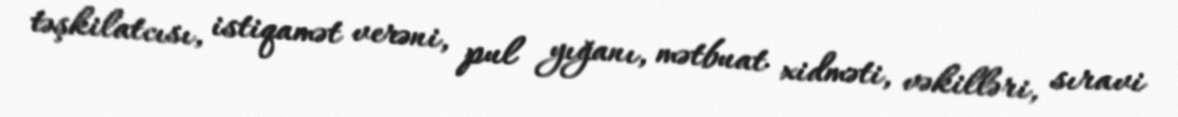
təşkilatcısı, istiqamət verəni, pul yığanı, mətbuat xidməti, vəkilləri, sıravi